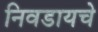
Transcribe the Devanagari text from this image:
निवडायचे